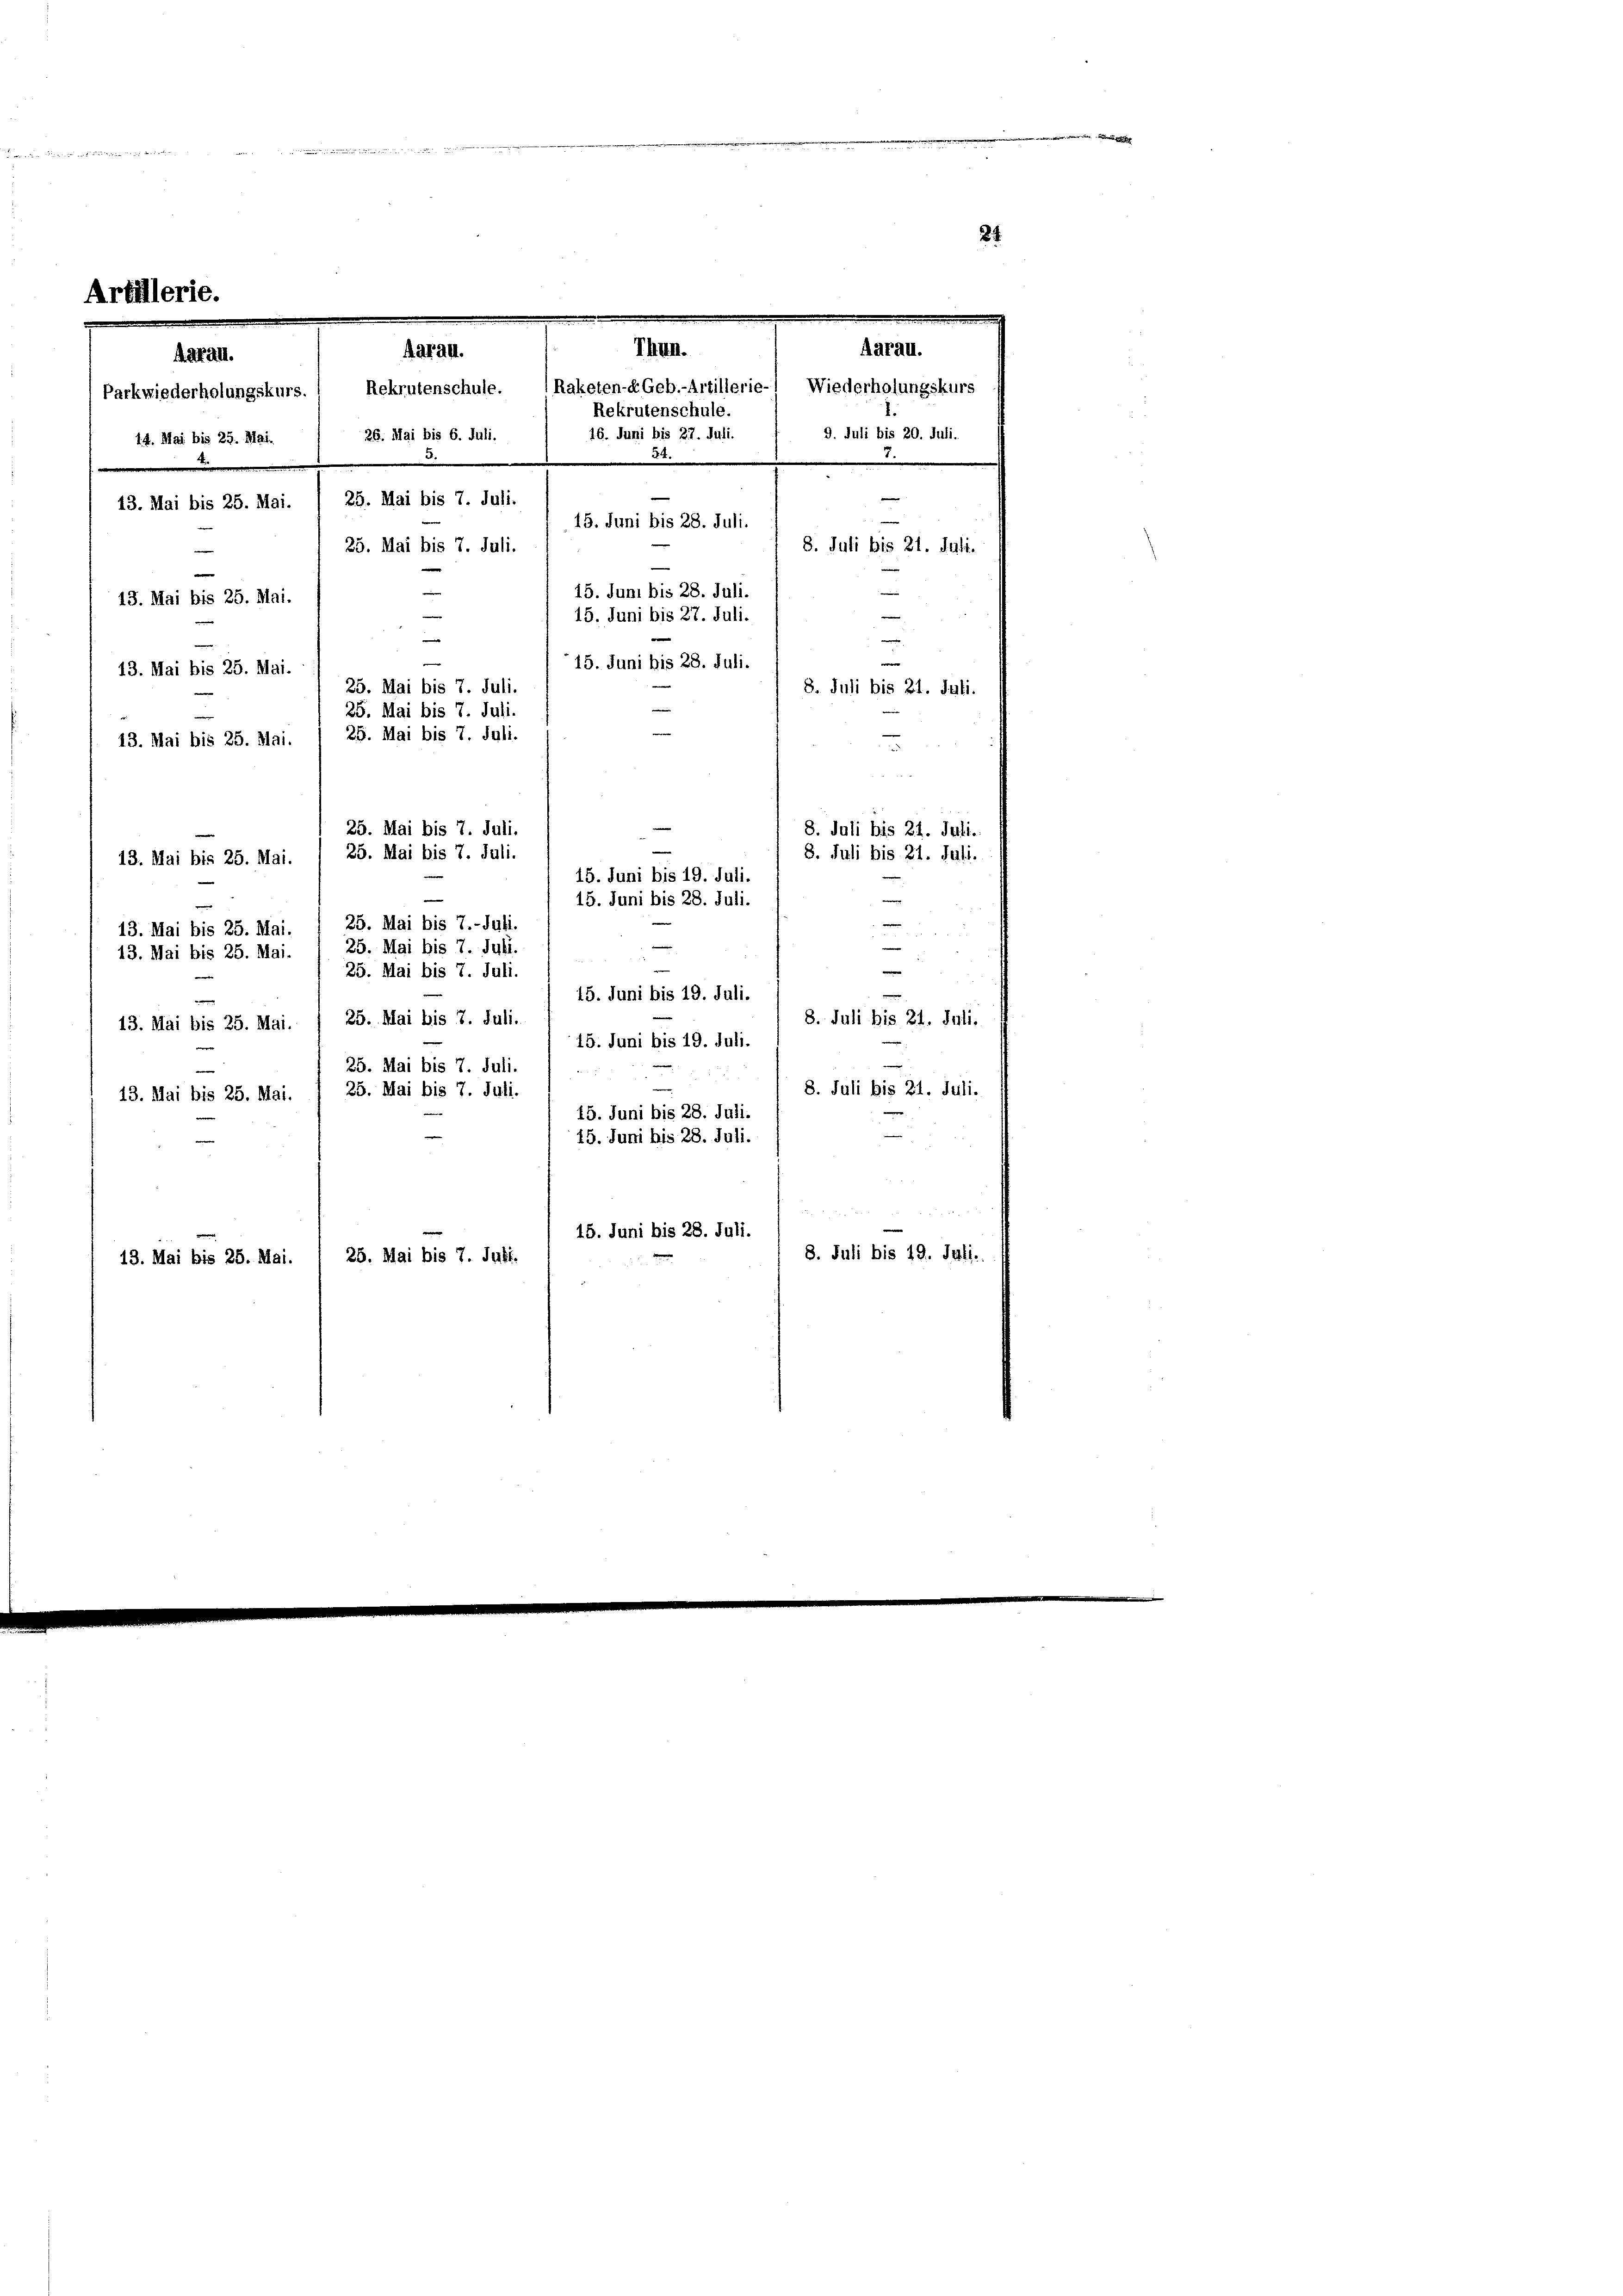
7

Parkwiederholungskurs. 1 Rekrutenschule.
14. Mai bis 25. Mai.
.
13. Mai bis 25. Mai.

Aarau.
d. San.
26. Mai bis 6. Juli.
25. Mai bis 7. Juli.
15. Juni bis 28. Juli.
25. Mai bis 7. Juli.
e
13. Mai bis 25. Mai.
15. Juni bis 27. Juli.
e
15. Juni bis 28. Juli.
13. Mai bis 25. Mai.
25. Mai bis 7. Juli.
8. Juli bis 21. Juli.
25. Mai bis 7. Juli.
25. Mai bis 7. Juli.
13. Mai bis 25. Mai.
25. Mai bis 7. Juli.
25. Mai bis 7. Juli.
13. Mai bis 25. Mai
25. Mai bis 7.-Juli.
13. Mai bis 25. Mai.
e
25. Mai bis 7. Juli.
13. Mai bis 25. Mai.
e
25. Mai bis 7. Juli.
e
15. Juni bis 19. Juli.
25. Mai bis 7. Juli.
8. Juli bis 21. Juli.
13. Mai bis 25. Mai.
15. Juni bis 19. Juli.
25. Mai bis 7. Juli.
8. Juli bis 21. Juli.
25. Mai bis 7. Juli.
13. Mai bis 25. Mai.
15. Juni bis 28. Juli.
15. Juni bis 28. Juli.
15. Juni bis 28. Juli.
8. Juli bis 19. Juli.
25. Mai bis 7. Juli.
13. Mai bis 25. Mai.

Aarau.

d

Thun.
Raketen-EGeb.-Artillerie-
Rekrutenschule.
16. Juni bis 27. Juli.
e

15. Juni bis 28. Juli.

15. Juni bis 19. Juli.
15. Juni bis 28. Juli.

.

—
2
8. Juli bis 21. Juli.
8. Juli bis 21. Juli.

24

Wiederholungskurs
9. Juli bis 20. Juli.
e
7.
8. Juli bis 21. Juli.